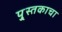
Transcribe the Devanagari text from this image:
पु्स्तकाचा